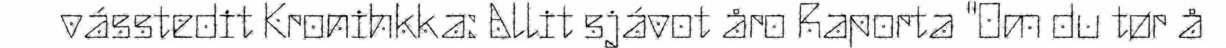
vásstedit Kronihkka: Allit sjávot åro Raporta "Om du tør å